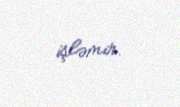
işləmir.